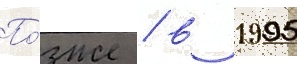
По́зже / в 1995